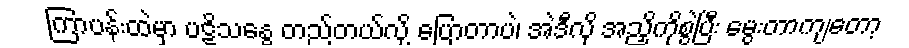
ကြာပန်းထဲမှာ ပဋိသန္ဓေ တည်တယ်လို့ ပြောတာပဲ၊ အဲဒီလို အညှိကိုစွဲပြီး မွေးတာကျတော့